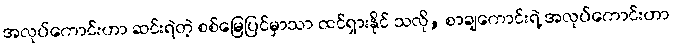
အလုပ်ကောင်းဟာ ဆင်းရဲတဲ့ စစ်မြေပြင်မှာသာ ထင်ရှားနိုင် သလို, စာချကောင်းရဲ့ အလုပ်ကောင်းဟာ